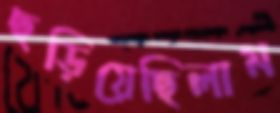
ছড়িয়েছিলাম